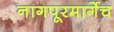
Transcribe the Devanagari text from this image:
नागपूरमार्गेच